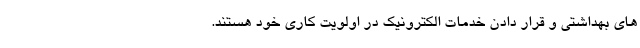
های بهداشتی و قرار دادن خدمات الکترونیک در اولویت کاری خود هستند.